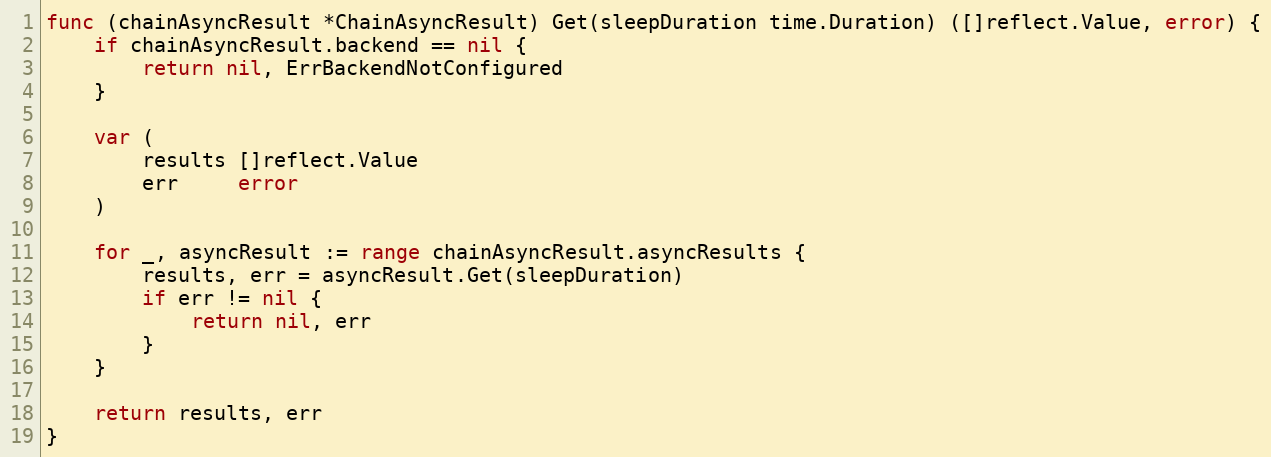
Language: Go
func (chainAsyncResult *ChainAsyncResult) Get(sleepDuration time.Duration) ([]reflect.Value, error) {
	if chainAsyncResult.backend == nil {
		return nil, ErrBackendNotConfigured
	}

	var (
		results []reflect.Value
		err     error
	)

	for _, asyncResult := range chainAsyncResult.asyncResults {
		results, err = asyncResult.Get(sleepDuration)
		if err != nil {
			return nil, err
		}
	}

	return results, err
}